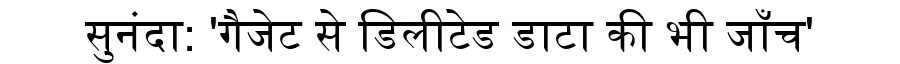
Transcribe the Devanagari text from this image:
सुनंदा: 'गैजेट से डिलीटेड डाटा की भी जाँच'